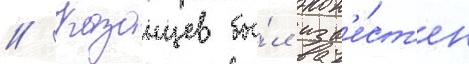
// Казанцев бы́л изв'е́ст'ен